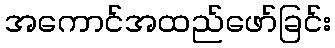
အကောင်အထည်ဖော်ခြင်း